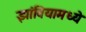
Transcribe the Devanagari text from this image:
झांबियामध्ये